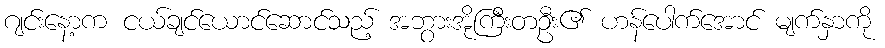
ဂျင်းနော့က ငယ်ချင်ယောင်ဆောင်သည့် အဘွားအိုကြီးတဦး၏ ဟန်ပေါက်အောင် မျက်နှာကို